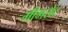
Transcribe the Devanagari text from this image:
मीमरोट